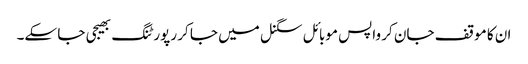
ان کا موقف جان کر واپس موبائل سگنل میں جا کر رپورٹنگ بھیجی جا سکے۔